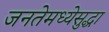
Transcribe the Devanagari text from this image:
जनतेमध्येसुद्धा